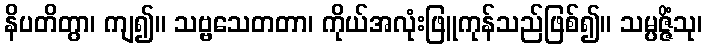
နိပတိတွာ၊ ကျ၍။ သဗ္ဗသေတတာ၊ ကိုယ်အလုံးဖြူကုန်သည်ဖြစ်၍။ သမ္ပဇ္ဇိံသု၊